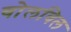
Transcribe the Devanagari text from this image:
वोलविल